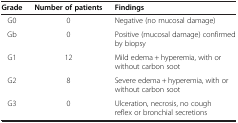
<table><thead><tr><td><b>Grade</b></td><td><b>Number of patients</b></td><td><b>Findings</b></td></tr></thead><tbody><tr><td>G0</td><td>0</td><td>Negative (no mucosal damage)</td></tr><tr><td>Gb</td><td>0</td><td>Positive (mucosal damage) confirmed by biopsy</td></tr><tr><td>G1</td><td>12</td><td>Mild edema + hyperemia, with or without carbon soot</td></tr><tr><td>G2</td><td>8</td><td>Severe edema + hyperemia, with or without carbon soot</td></tr><tr><td>G3</td><td>0</td><td>Ulceration, necrosis, no cough reflex or bronchial secretions</td></tr></tbody></table>